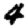
Digit: 4